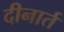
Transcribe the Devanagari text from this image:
दीनार्त